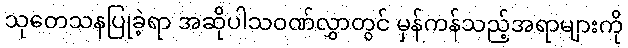
သုတေသနပြုခဲ့ရာ အဆိုပါသဝဏ်လွှာတွင် မှန်ကန်သည့်အရာများကို